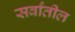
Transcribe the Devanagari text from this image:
सर्वांतील